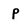
Character: p